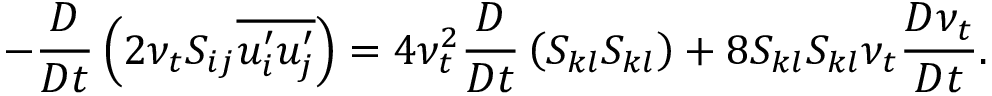
- \frac { D } { D t } \left( 2 \nu _ { t } S _ { i j } \overline { { u _ { i } ^ { \prime } u _ { j } ^ { \prime } } } \right) = 4 \nu _ { t } ^ { 2 } \frac { D } { D t } \left( S _ { k l } S _ { k l } \right) + 8 S _ { k l } S _ { k l } \nu _ { t } \frac { D \nu _ { t } } { D t } .